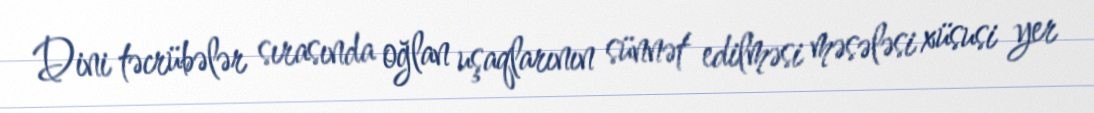
Dini təcrübələr sırasında oğlan uşaqlarının sünnət edilməsi məsələsi xüsusi yer